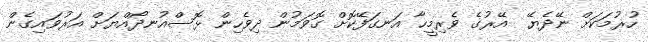
ހުރުމަކަށް ނޭދެޔޭ  އޭރުގެ ވެރިމީހާ އަނގަފޭކޮށް ގޮވަމުން ދިވެހިން ޅޮސްއުނދޯއްޔަށް އަރުވައިގެން